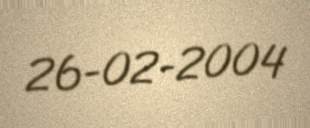
26-02-2004